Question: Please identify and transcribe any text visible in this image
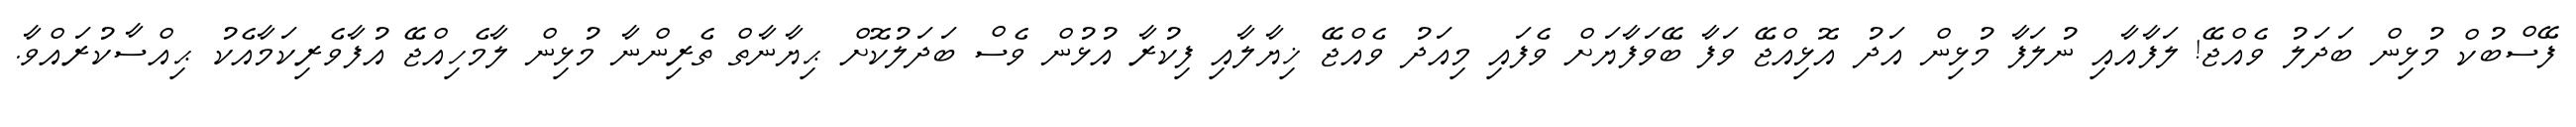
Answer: ފޭސްބުކް މުޅިން ބަދަލު ވެއްޖޭ! ލަފާއާއި ނުލަފާ މުޅިން އަދު އޮޅިއްޖޭ ވަފާ ބޭވަފާޔަށް ވެފައި މިއަދު ވެއްޖޭ ޚިޔާލާއި ފިކުރާ އުޅުން ވެސް ބަދަލުކޮށް ޙިޔާނާތް ތެރިންނާ މުޅިން ލާމެހިއްޖޭ އުފާވެރިކަމާއެކު ޙިއްސާކުރައްވާ.